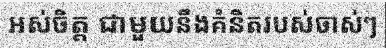
អស់ចិត្ត ជាមួយនឹងគំនិតរបស់ចាស់ៗ